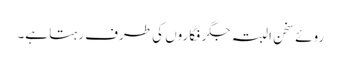
روئے سخن البتہ جگر فگاروں کی طرف رہتا ہے۔